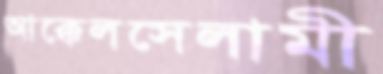
আক্কেলসেলামী